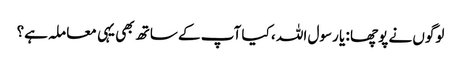
لوگوں نے پوچھا : یا رسول اللہ ، کیا آپ کے ساتھ بھی یہی معا ملہ ہے؟